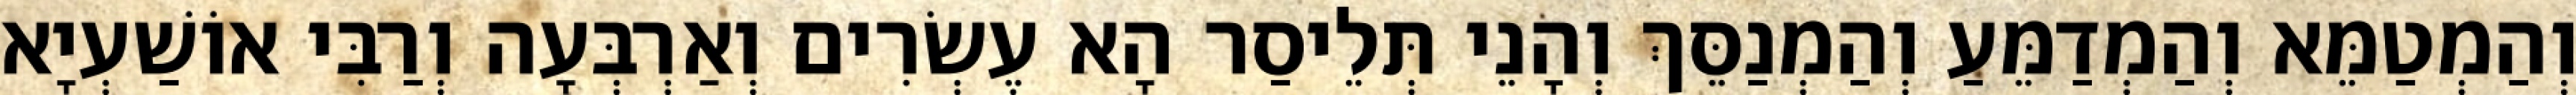
וְהַמְטַמֵּא וְהַמְדַמֵּעַ וְהַמְנַסֵּךְ וְהָנֵי תְּלֵיסַר הָא עֶשְׂרִים וְאַרְבְּעָה וְרַבִּי אוֹשַׁעְיָא